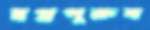
স্বপ্নপুরুষ